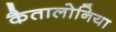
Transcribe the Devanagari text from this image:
कैतालोनिया